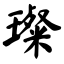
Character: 璨